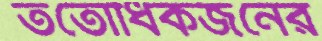
ততোধিকজনের